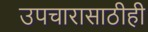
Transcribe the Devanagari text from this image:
उपचारासाठीही